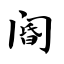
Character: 阍